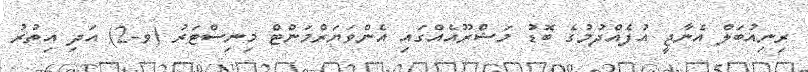
ރިނިއުބަލް އެނާޖީ އުފެއްދުމުގެ ބޮޑު މަޝްރޫއެއްގައި އެންވަޔަރްމަންޓް މިނިސްޓަރު (ވ-2) އަދި އިތުރު